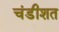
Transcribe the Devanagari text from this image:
चंडीशत